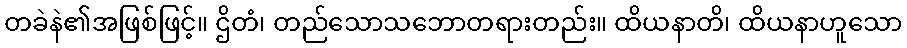
တခဲနဲ၏အဖြစ်ဖြင့်။ ဌိတံ၊ တည်သောသဘောတရားတည်း။ ထိယနာတိ၊ ထိယနာဟူသော